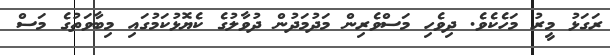
ރަގަޅު މީރު މަހެކެވެ. ދިވެހި މަސްވެރިން މަދުމަދުން ދުވާލުގެ ކެޔޮޅުކަމުގައި މިބާވަތުގެ މަސް